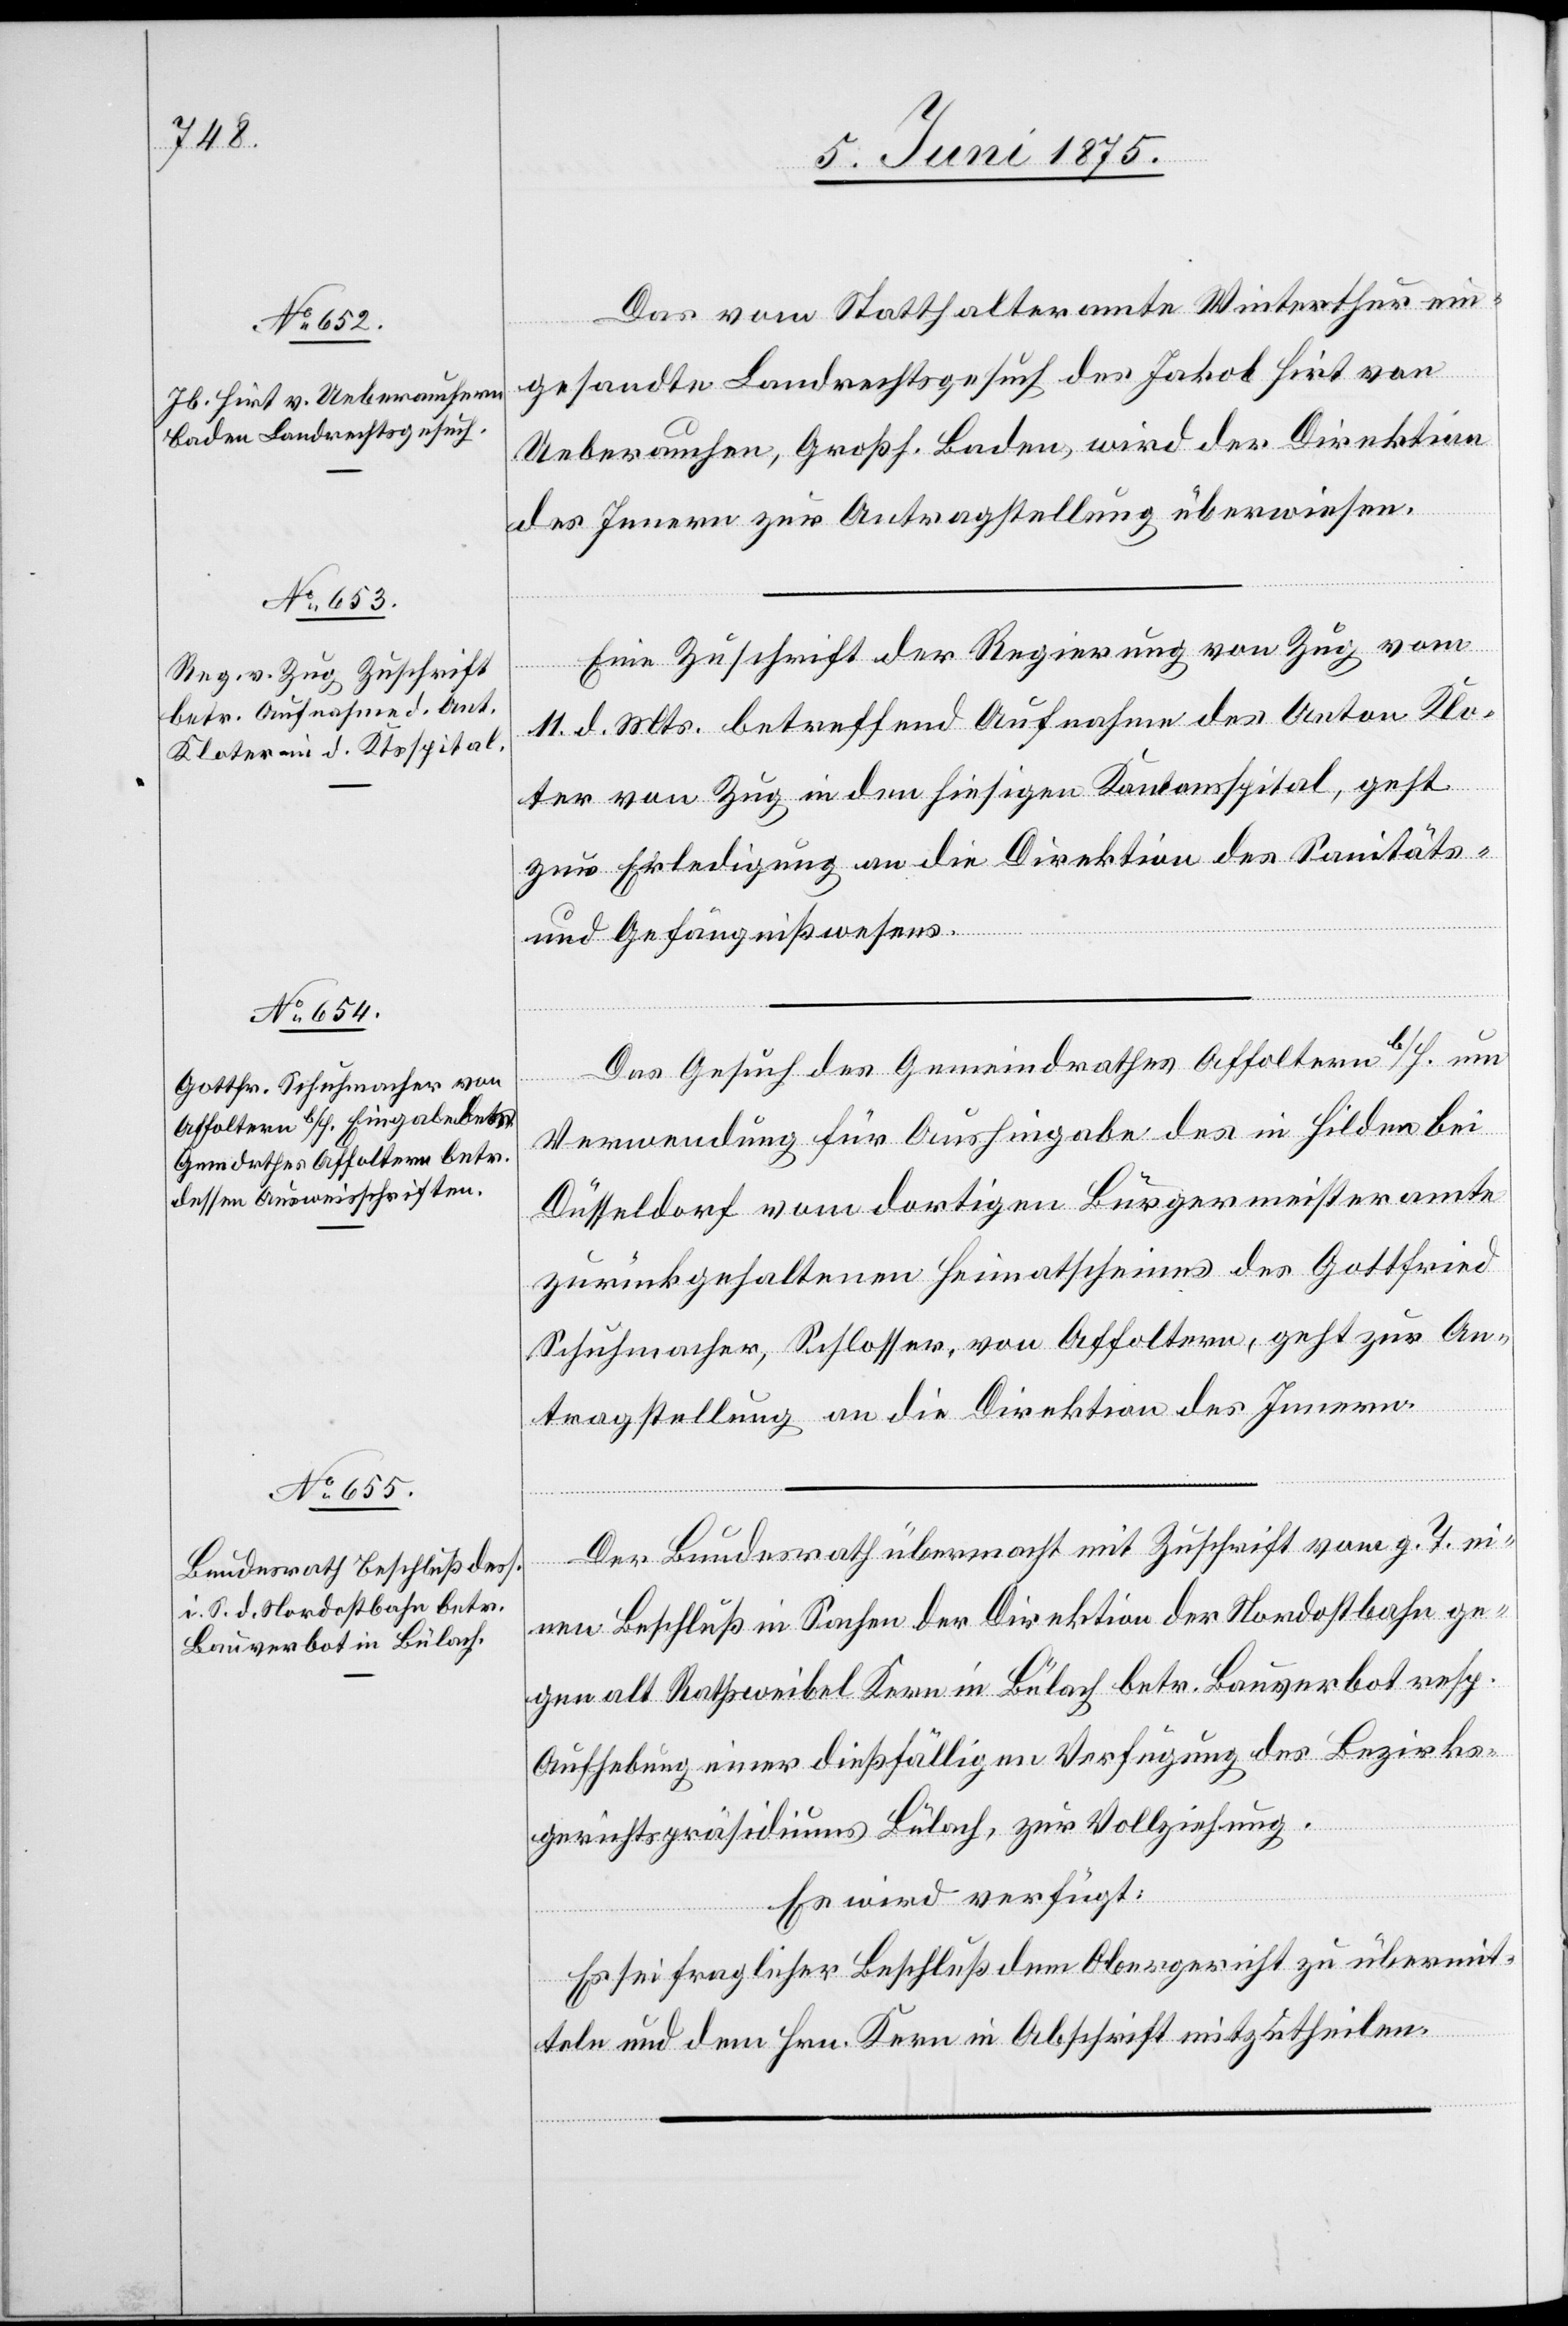
11. Juni 1875.]
Das vom Statthalteramte Winterthur ein¬
gesandte Landrechtsgesuch des Jakob Hirt von
Ueberauchen, Großh. Baden, wird der Direktion
des innern zur Antragstellung überwiesen.
Eine Zuschrift der Regierung von Zug vom
11. d. Mts. betreffend Aufnahme des Anton Klo¬
ter von Zug in den hiesigen Kantonsspital, geht
zur Erledigung an die Direktion des Sanitäts-
und Gefängnißwesens.
Das Gesuch des Gemeindrathes Affoltern b/H. um
Verwendung für Aushingabe des in Hilden bei
Düsseldorf vom dortigen Bürgermeisteramte
zurückgehaltenen Heimatscheines des Gottfried
Schuhmacher, Schlosser, von Affoltern, geht zur An¬
tragstellung an die Direktion des Innern.
Der Bundesrath übermacht mit Zuschrift vom g. T. ei¬
nen Beschluß in Sachen der Direktion der Nordostbahn ge¬
gen alt Rathsweibel Kern in Bülach betr. Bauverbot resp.
Aufhebung einer dießfälligen Verfügung des Bezirks¬
gerichtspräsidiums Bülach, zur Vollziehung.
Es wird verfügt:
Es sei fraglicher Beschluß dem Obergericht zu übermit¬
teln und dem Hrn. Kern in Abschrift mitzutheilen.